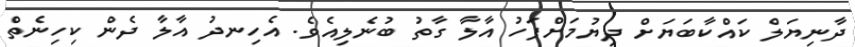
ދާނިޔަލް ކައްކާބަޔަށް ދިޔުމަށްފަހު އާލާ ގާތު ބުނެލިއެވެ. އެހިނދު އާލާ ދެން ކިހިނެތް